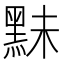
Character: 䵢